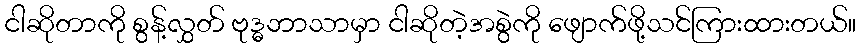
ငါဆိုတာကို စွန့်လွှတ် ဗုဒ္ဓဘာသာမှာ ငါဆိုတဲ့အစွဲကို ဖျောက်ဖို့သင်ကြားထားတယ်။